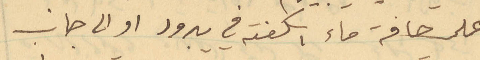
على حافة ماء اسكفته في يبرود او الى جانب